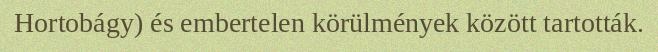
Hortobágy) és embertelen körülmények között tartották.